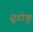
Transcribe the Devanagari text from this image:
सूडोकू